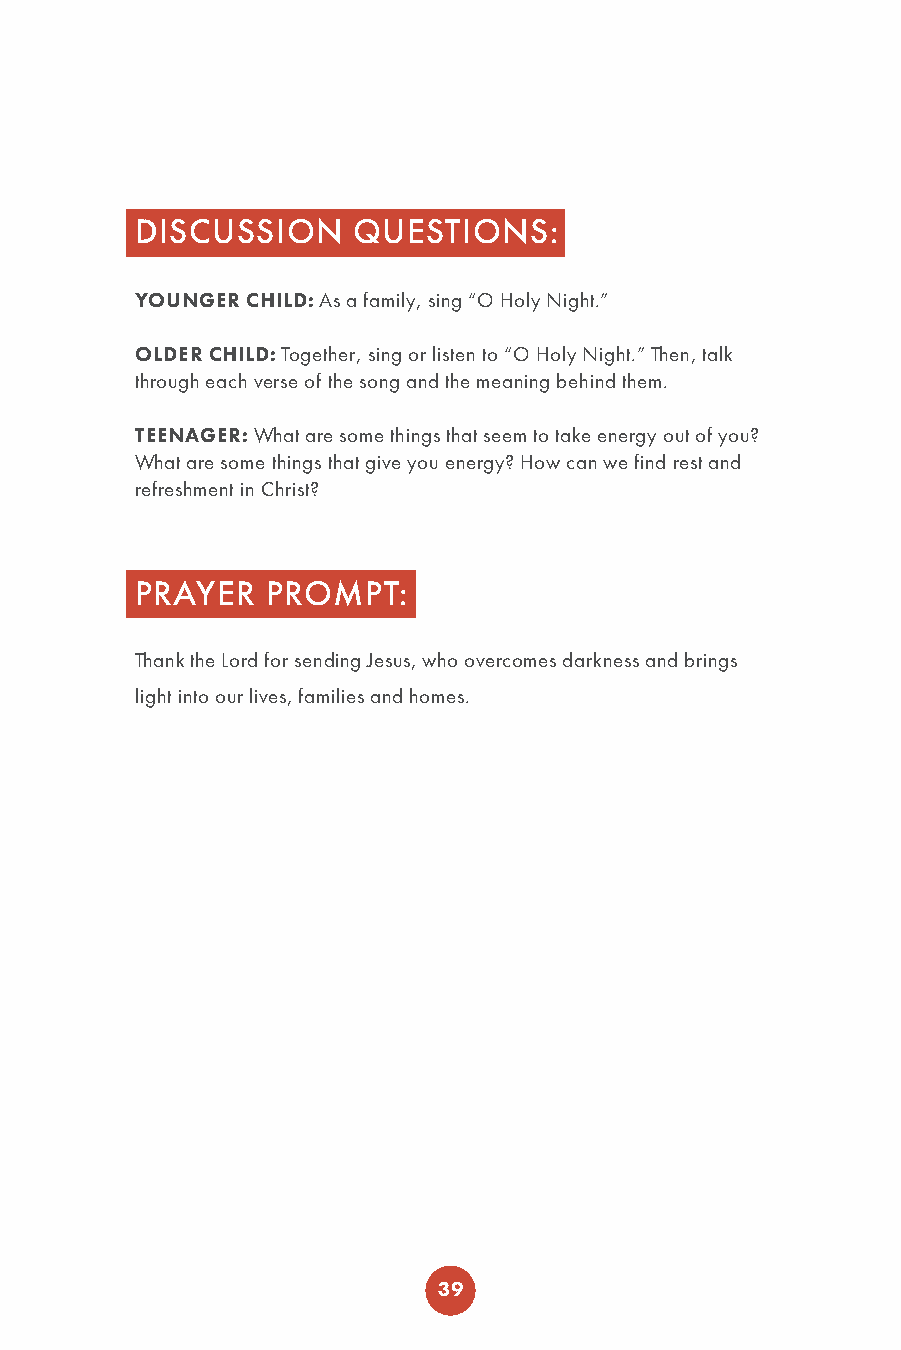
DISCUSSION    QUESTIONS:
 YOUNGER CHILD: As a family, sing “O Holy Night.”
 OLDER CHILD: Together, sing or listen to “O Holy Night.” Then, talk
 through each verse of the song and the meaning behind them.
 TEENAGER: What are some things that seem to take energy out of you?
 What are some things that give you energy? How can we find rest and
 refreshment in Christ?
 PRAYER   PROMPT:
 Thank the Lord for sending Jesus, who overcomes darkness and brings
 light into our lives, families and homes.
 39